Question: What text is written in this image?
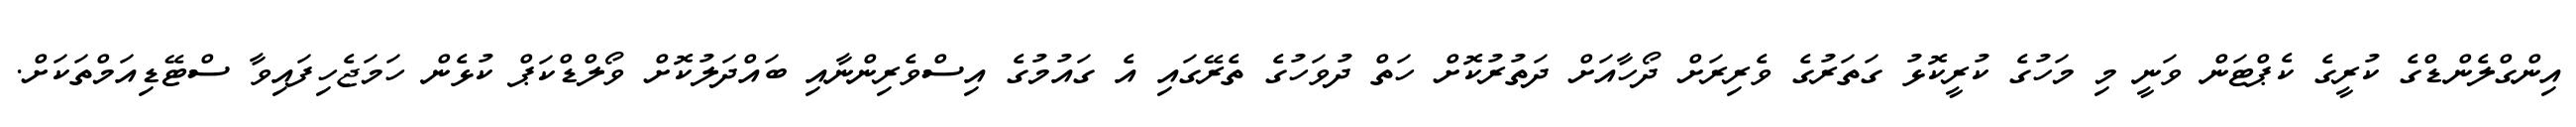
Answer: އިންގްލެންޑްގެ ކުރީގެ ކެޕްޓަން ވަނީ މި މަހުގެ ކުރީކޮޅު ގަތަރުގެ ވެރިރަށް ދޯހާއަށް ދަތުރުކޮށް ހަތް ދުވަހުގެ ތެރޭގައި އެ ގައުމުގެ އިސްވެރިންނާއި ބައްދަލުކޮށް ވޯލްޑްކަޕް ކުޅެން ހަމަޖެހިފައިވާ ސްޓޭޑިއަމްތަކަށް.